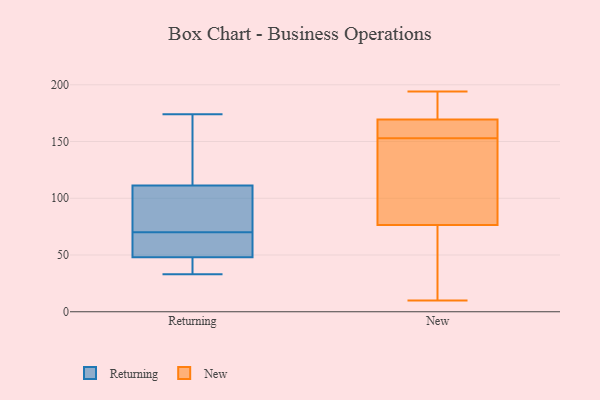
{"axis": {"x": "Revenue (USD Million)", "y": "Value"}, "legend": ["New", "Returning"], "data": [{"x": "", "y": 48, "type": "Returning"}, {"x": "", "y": 34, "type": "Returning"}, {"x": "", "y": 70, "type": "Returning"}, {"x": "", "y": 113, "type": "Returning"}, {"x": "", "y": 151, "type": "Returning"}, {"x": "", "y": 106, "type": "Returning"}, {"x": "", "y": 33, "type": "Returning"}, {"x": "", "y": 48, "type": "Returning"}, {"x": "", "y": 101, "type": "Returning"}, {"x": "", "y": 52, "type": "Returning"}, {"x": "", "y": 174, "type": "Returning"}, {"x": "", "y": 189, "type": "New"}, {"x": "", "y": 144, "type": "New"}, {"x": "", "y": 177, "type": "New"}, {"x": "", "y": 39, "type": "New"}, {"x": "", "y": 167, "type": "New"}, {"x": "", "y": 194, "type": "New"}, {"x": "", "y": 153, "type": "New"}, {"x": "", "y": 161, "type": "New"}, {"x": "", "y": 54, "type": "New"}, {"x": "", "y": 96, "type": "New"}, {"x": "", "y": 10, "type": "New"}, {"x": "", "y": 189, "type": "New"}, {"x": "", "y": 50, "type": "New"}, {"x": "", "y": 163, "type": "New"}, {"x": "", "y": 118, "type": "New"}, {"x": "", "y": 84, "type": "New"}, {"x": "", "y": 158, "type": "New"}]}